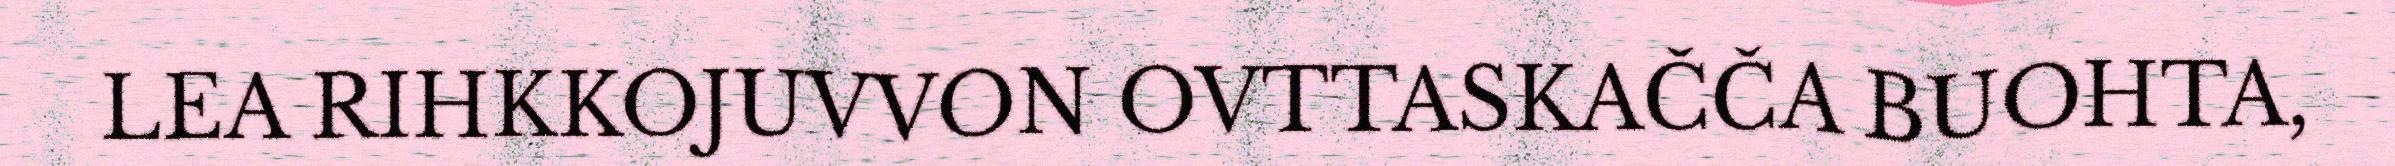
LEA RIHKKOJUVVON OVTTASKAČČA BUOHTA,